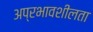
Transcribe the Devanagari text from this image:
अप्रभावशीलता